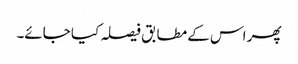
پھر اس کے مطابق فیصلہ کیا جائے۔